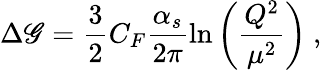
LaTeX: \Delta\mathscr{G}={\frac{{3}}{{2}}}C_{F}{\frac{{\alpha_{s}}}{{2\pi}}}{\ln\left(\frac{{Q^{2}}}{{\mu^{2}}}\right)}\ ,